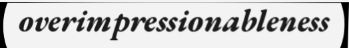
overimpressionableness